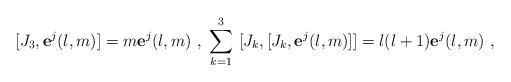
LaTeX: \begin{align*} [J_3,\mathbf{e}^j(l,m)]=m \mathbf{e}^j(l,m) \ , \ \sum_{k=1}^3 \ [J_k,[J_k,\mathbf{e}^j(l,m)]]=l (l+1) \mathbf{e}^j(l,m) \ , \end{align*}